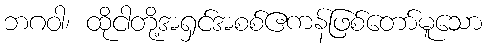
ဘဂဝါ၊ ထိုငါတို့အရှင်အစစ်ဧကန်ဖြစ်တော်မူသော